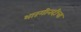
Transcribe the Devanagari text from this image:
भारंगीनदीचा